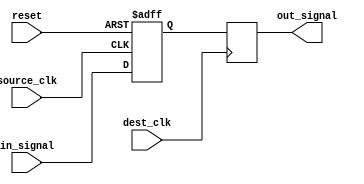
module two_flop_synchronizer (
    input wire source_clk,
    input wire dest_clk,
    input wire reset,
    input wire in_signal,
    output reg out_signal
);

reg source_ff;
reg dest_ff;

always @ (posedge source_clk or posedge reset) begin
    if (reset) begin
        source_ff <= 1'b0;
    end else begin
        source_ff <= in_signal;
    end
end

always @ (posedge dest_clk) begin
    dest_ff <= source_ff;
end

assign out_signal = dest_ff;

endmodule